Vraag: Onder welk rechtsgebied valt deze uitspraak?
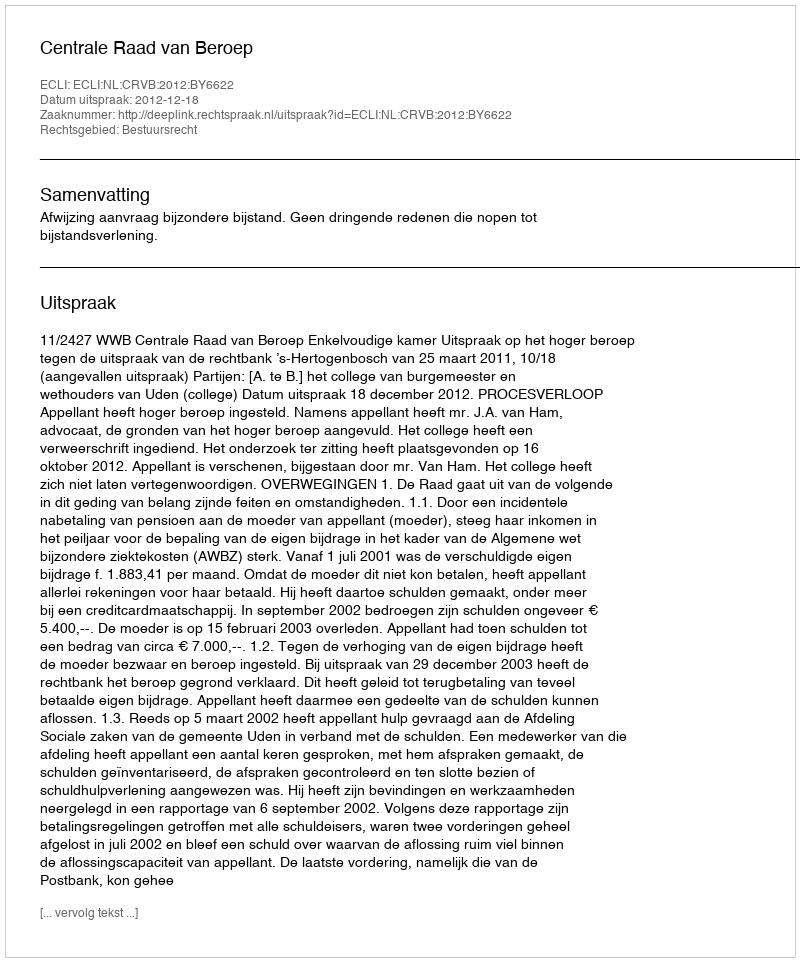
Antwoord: Bestuursrecht